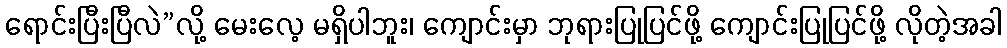
ရောင်းပြီးပြီလဲ”လို့ မေးလေ့ မရှိပါဘူး၊ ကျောင်းမှာ ဘုရားပြုပြင်ဖို့ ကျောင်းပြုပြင်ဖို့ လိုတဲ့အခါ